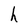
Character: h